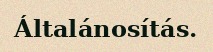
Általánosítás.